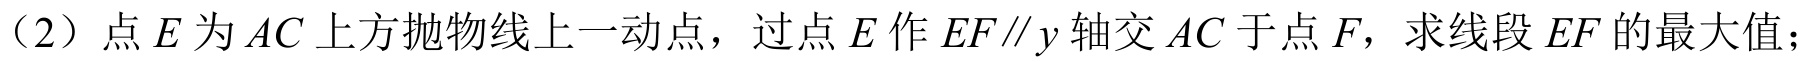
（2）点 \(E\) 为 \(AC\) 上方抛物线上一动点，过点 \(E\) 作 \(EF\parallel y\) 轴交 \(AC\) 于点 \(F\)，求线段 \(EF\) 的最大值；